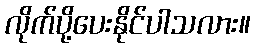
လိုက်ပို့ပေးနိုင်ပါသလား။